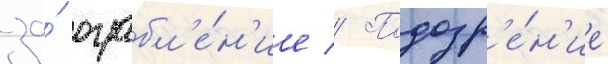
за́ ограбл'е́н'ие // Подозр'е́н'ие